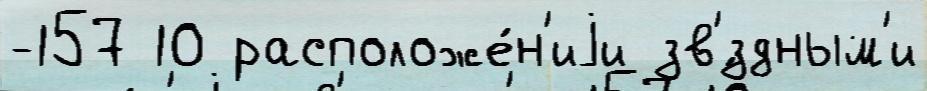
-157 10 расположе́н'иjи зв'́здным'и